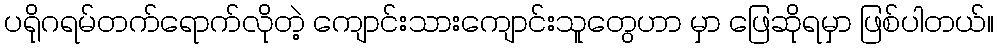
ပရိုဂရမ်တက်ရောက်လိုတဲ့ ကျောင်းသားကျောင်းသူတွေဟာ မှာ ဖြေဆိုရမှာ ဖြစ်ပါတယ်။